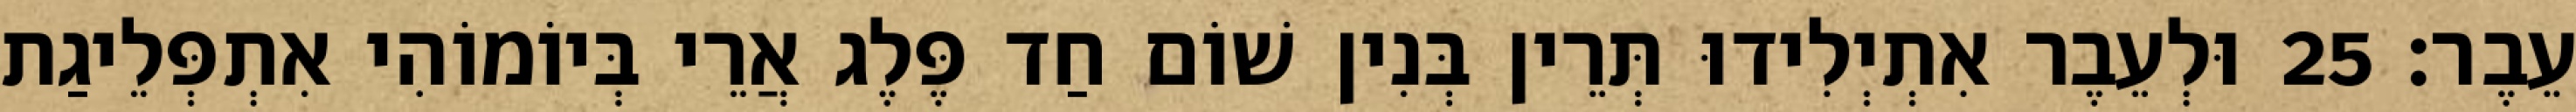
עֵבֶר׃ 25 וּלְעֵבֶר אִתְיְלִידוּ תְּרֵין בְּנִין שׁוֹם חַד פֶּלֶג אֲרֵי בְּיוֹמוֹהִי אִתְפְּלֵיגַת